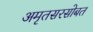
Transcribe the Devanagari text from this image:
अमृतसरसोबत